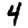
Digit: 4